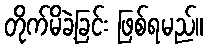
တိုက်မိခဲ့ခြင်း ဖြစ်ရမည်။